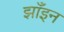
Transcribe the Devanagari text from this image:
झाँइन